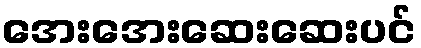
အေးအေးဆေးဆေးပင်